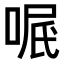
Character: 𠶩